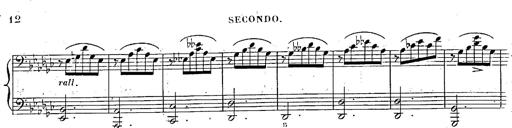
Title: Marche et Cavatine de Lucie de Lammermoor, S.398
Composer: Franz Liszt